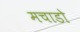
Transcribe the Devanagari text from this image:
मचाडो